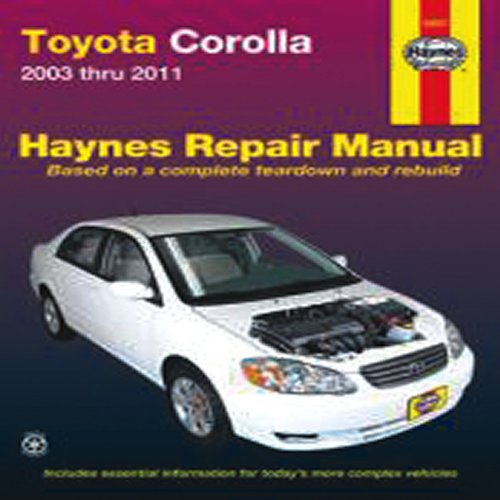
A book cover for Toyota Corolla: 2003 thru 2011 (Haynes Repair Manual); John Haynes; Engineering & Transportation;